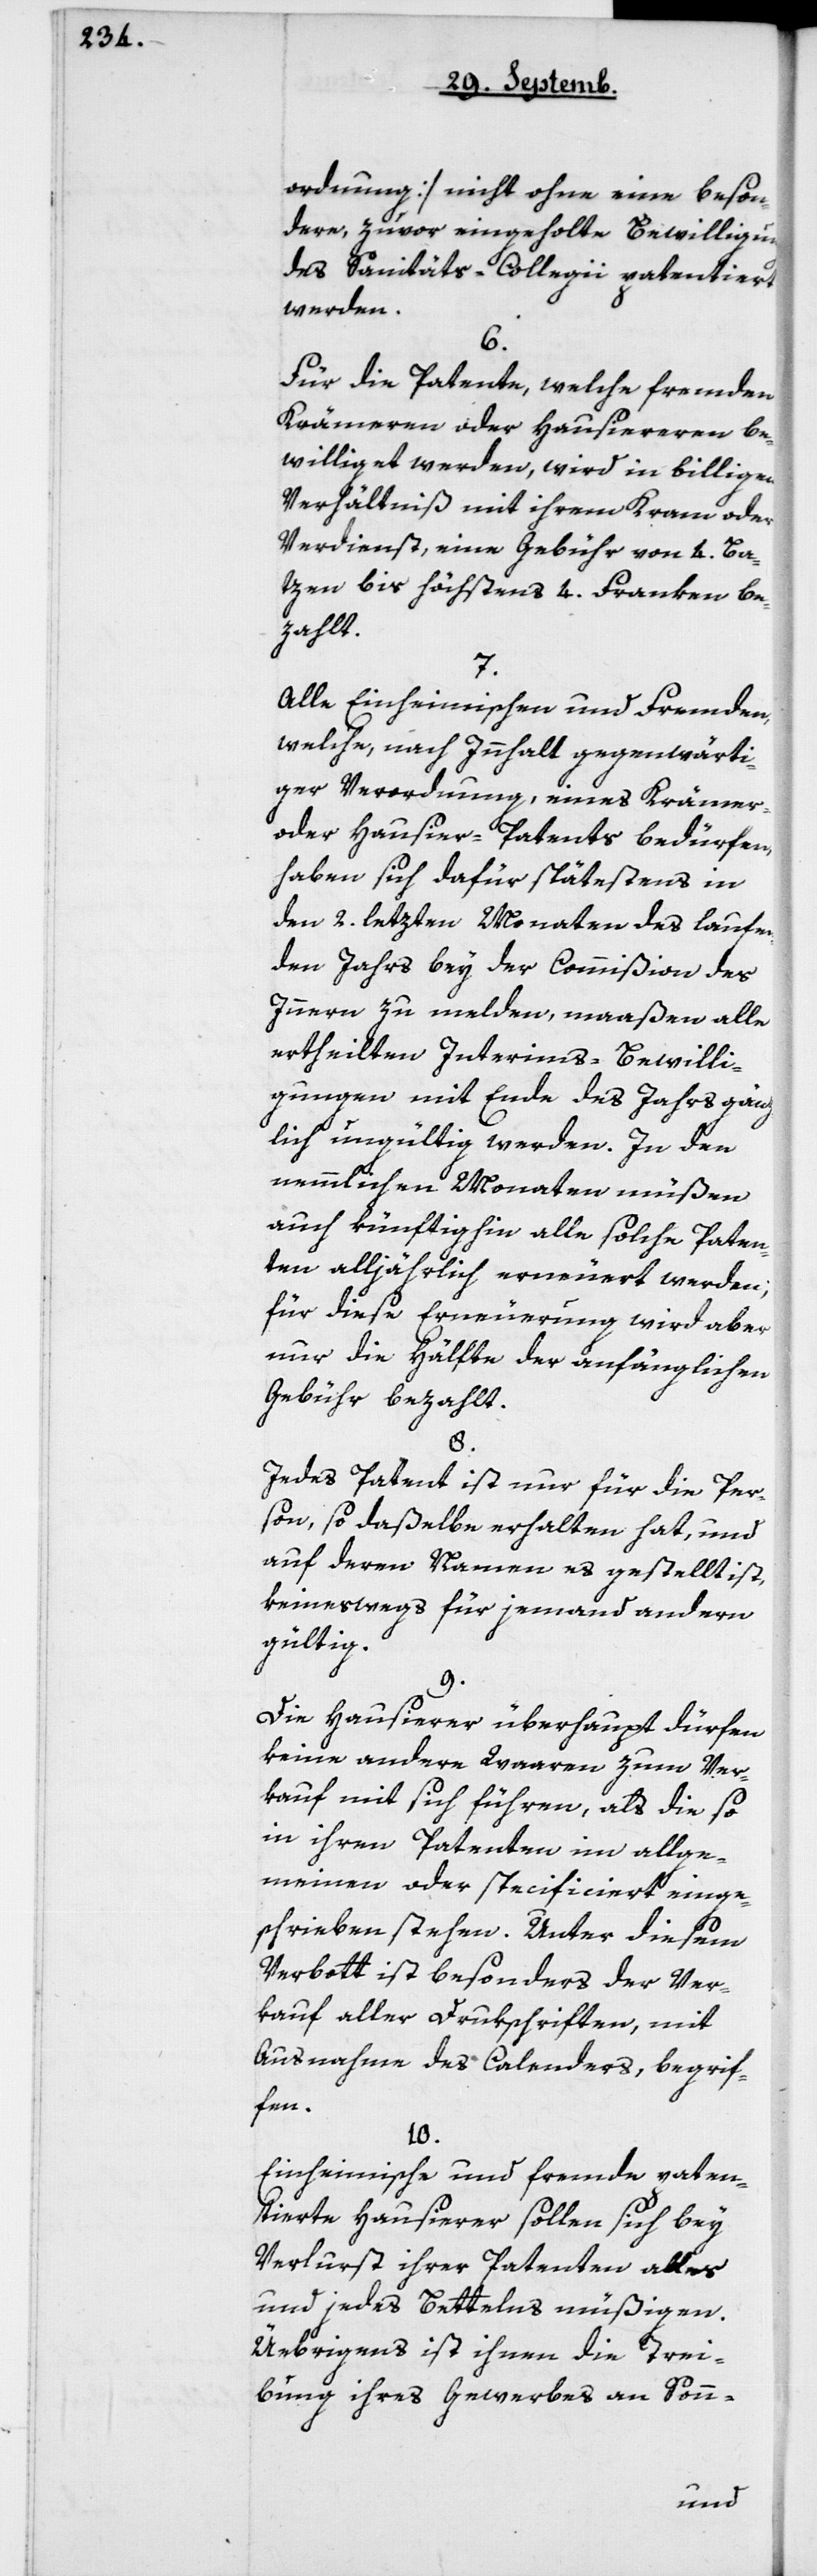
ordnung] nicht ohne eine beson¬
dere, zuvor eingeholte Bewilligung
des Sanitäts-Collegii patentiert
werden.
6.
Für die Patente, welche fremden
Krämeren oder Hausiereren be¬
williget werden, wird in billigem
Verhältnis mit ihrem Kram oder
Verdienst, eine Gebühr von 4 Ba¬
tzen bis höchstens 4 Franken be¬
zahlt.
7.
Alle Einheimischen und Fremden,
welche nach Inhalt gegenwärti¬
ger Verordnung, eines Krämer-
oder Hausier-Patents bedürfen,
haben sich dafür spätestens in
den 2. letzten Monaten des laufen¬
den Jahrs bey der Commißion des
Innern zu melden, maaßen alle
ertheilten Interims-Bewilli¬
gungen mit Ende des Jahrs gänz¬
lich ungültig werden. In den
nemmlichen Monaten müßen
auch künftighin alle solche Paten¬
ten alljährlich erneuert werden;
für diese Erneuerung wird aber
nur die Hälfte der anfänglichen
Gebühr bezahlt.
8.
Jedes Patent ist nur für die Per¬
son, so daßelbe erhalten hat, und
auf deren Namen es gestellt ist,
keineswegs für jemand andern
gültig.
9.
Die Hausierer überhaupt dürfen
keine andere Waaren zum Ver¬
kauf mit sich führen, als die so
in ihren Patenten im Allge¬
meinen oder specificiert einge¬
schrieben stehen. Unter diesem
Verbott ist besonders der Ver¬
kauf aller Drukschriften, mit
Ausnahme des Calenders, begrif¬
fen.
10.
Einheimische und fremde paten¬
tierte Hausierer sollen sich bey
Verlurst ihrer Patenten alles
und jedes Bettelns müßigen.
Übrigens ist ihnen die Trei¬
bung ihres Gewerbes an Son¬
n